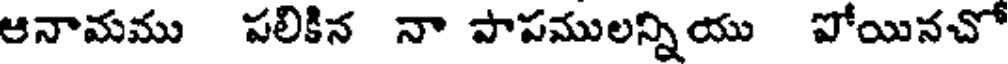
ఆనామము పలికిన నా పాపములన్నియు పోయినచో